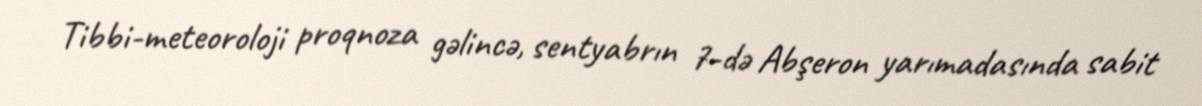
Tibbi-meteoroloji proqnoza gəlincə, sentyabrın 7-də Abşeron yarımadasında sabit